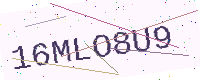
Text: 16MLO8U9